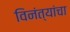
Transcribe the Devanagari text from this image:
विनंत्यांचा